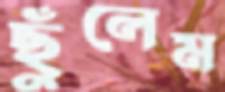
ছুঁলেম